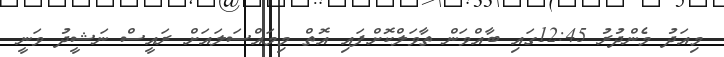
މިއަދު މެންދުރު 12:45ގައި ބާއްވަން ތާވަލްކޮށްފައި އޮތް މިމައްސަލައަށް ރައީސް ނަޝީދު ވަނީ